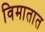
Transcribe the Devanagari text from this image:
विमातात